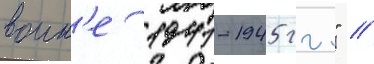
воин'е 1941-1945 гг." //